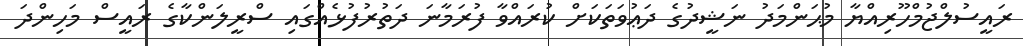
ރައީސުލްޖުމްހޫރިއްޔާ މުޙަންމަދު ނަޝީދުގެ ދަޢުވަތަކަށް ކުރައްވާ ފުރަމާނަ ދަތުރުފުޅެއްގައި ސްރީލަންކާގެ ރައީސް މަހިންދަ